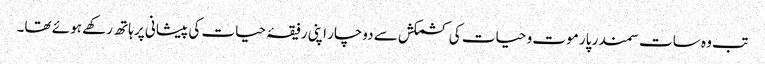
تب وہ سات سمندر پار موت و حیات کی کشمکش سے دوچار اپنی رفیقۂ حیات کی پیشانی پر ہاتھ رکھے ہوئے تھا۔